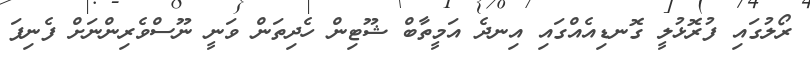
ރޯލުގައި ފުރޮޅުލީ ގޮނޑިއެއްގައި އިނދެ އަމީތާބް ޝޫޓިން ހެދިތަން ވަނީ ނޫސްވެރިންނަށް ފެނިފަ